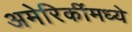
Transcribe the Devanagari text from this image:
अमेरिकींमध्ये